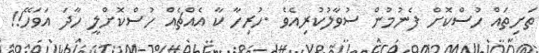
ތަށިތައް ހުސްކޮށް ފެނުމުން ސުވާލުކުރިއެވެ .ހުރިހާ ކާ އެއްޗެއް ހުސްކޮށްލީ ހާދަ އަވަހޭ!!